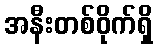
အနီးတစ်ဝိုက်ရှိ